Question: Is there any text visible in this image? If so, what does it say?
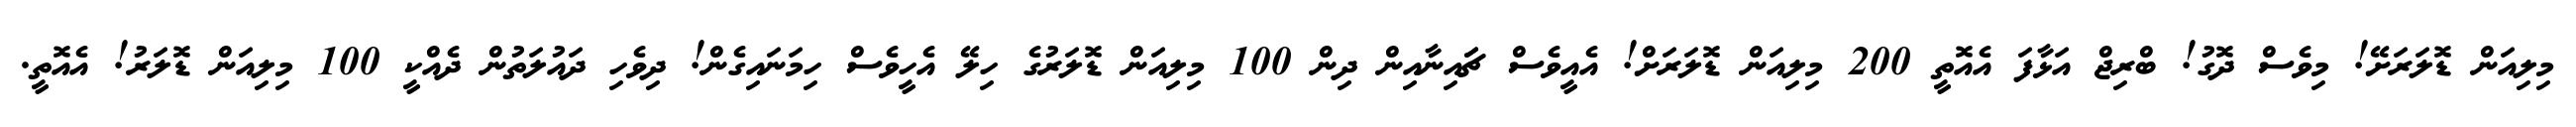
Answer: މިލިއަން ޑޮލަރަށޭ! މިވެސް ދޮގު! ބްރިޖް އަޅާފަ އެއޮތީ 200 މިލިއަން ޑޮލަރަށް! އެއީވެސް ޗަައިނާއިން ދިން 100 މިލިއަން ޑޮލަރުގެ ހިލޭ އެހީވެސް ހިމަނައިގެން! ދިވެހި ދައުލަތުން ދެއްކީ 100 މިލިއަން ޑޮލަރު! އެއޮތީ.